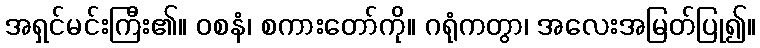
အရှင်မင်းကြီး၏။ ဝစနံ၊ စကားတော်ကို။ ဂရုံကတွာ၊ အလေးအမြတ်ပြု၍။